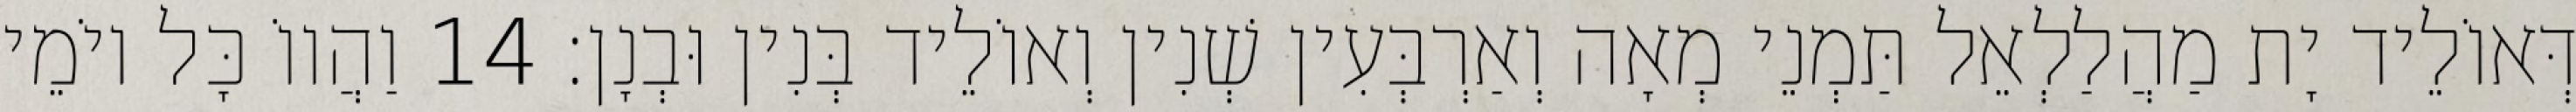
דְּאוֹלֵיד יָת מַהֲלַלְאֵל תַּמְנֵי מְאָה וְאַרְבְּעִין שְׁנִין וְאוֹלֵיד בְּנִין וּבְנָן׃ 14 וַהֲווֹ כָּל יוֹמֵי